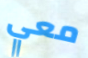
معي